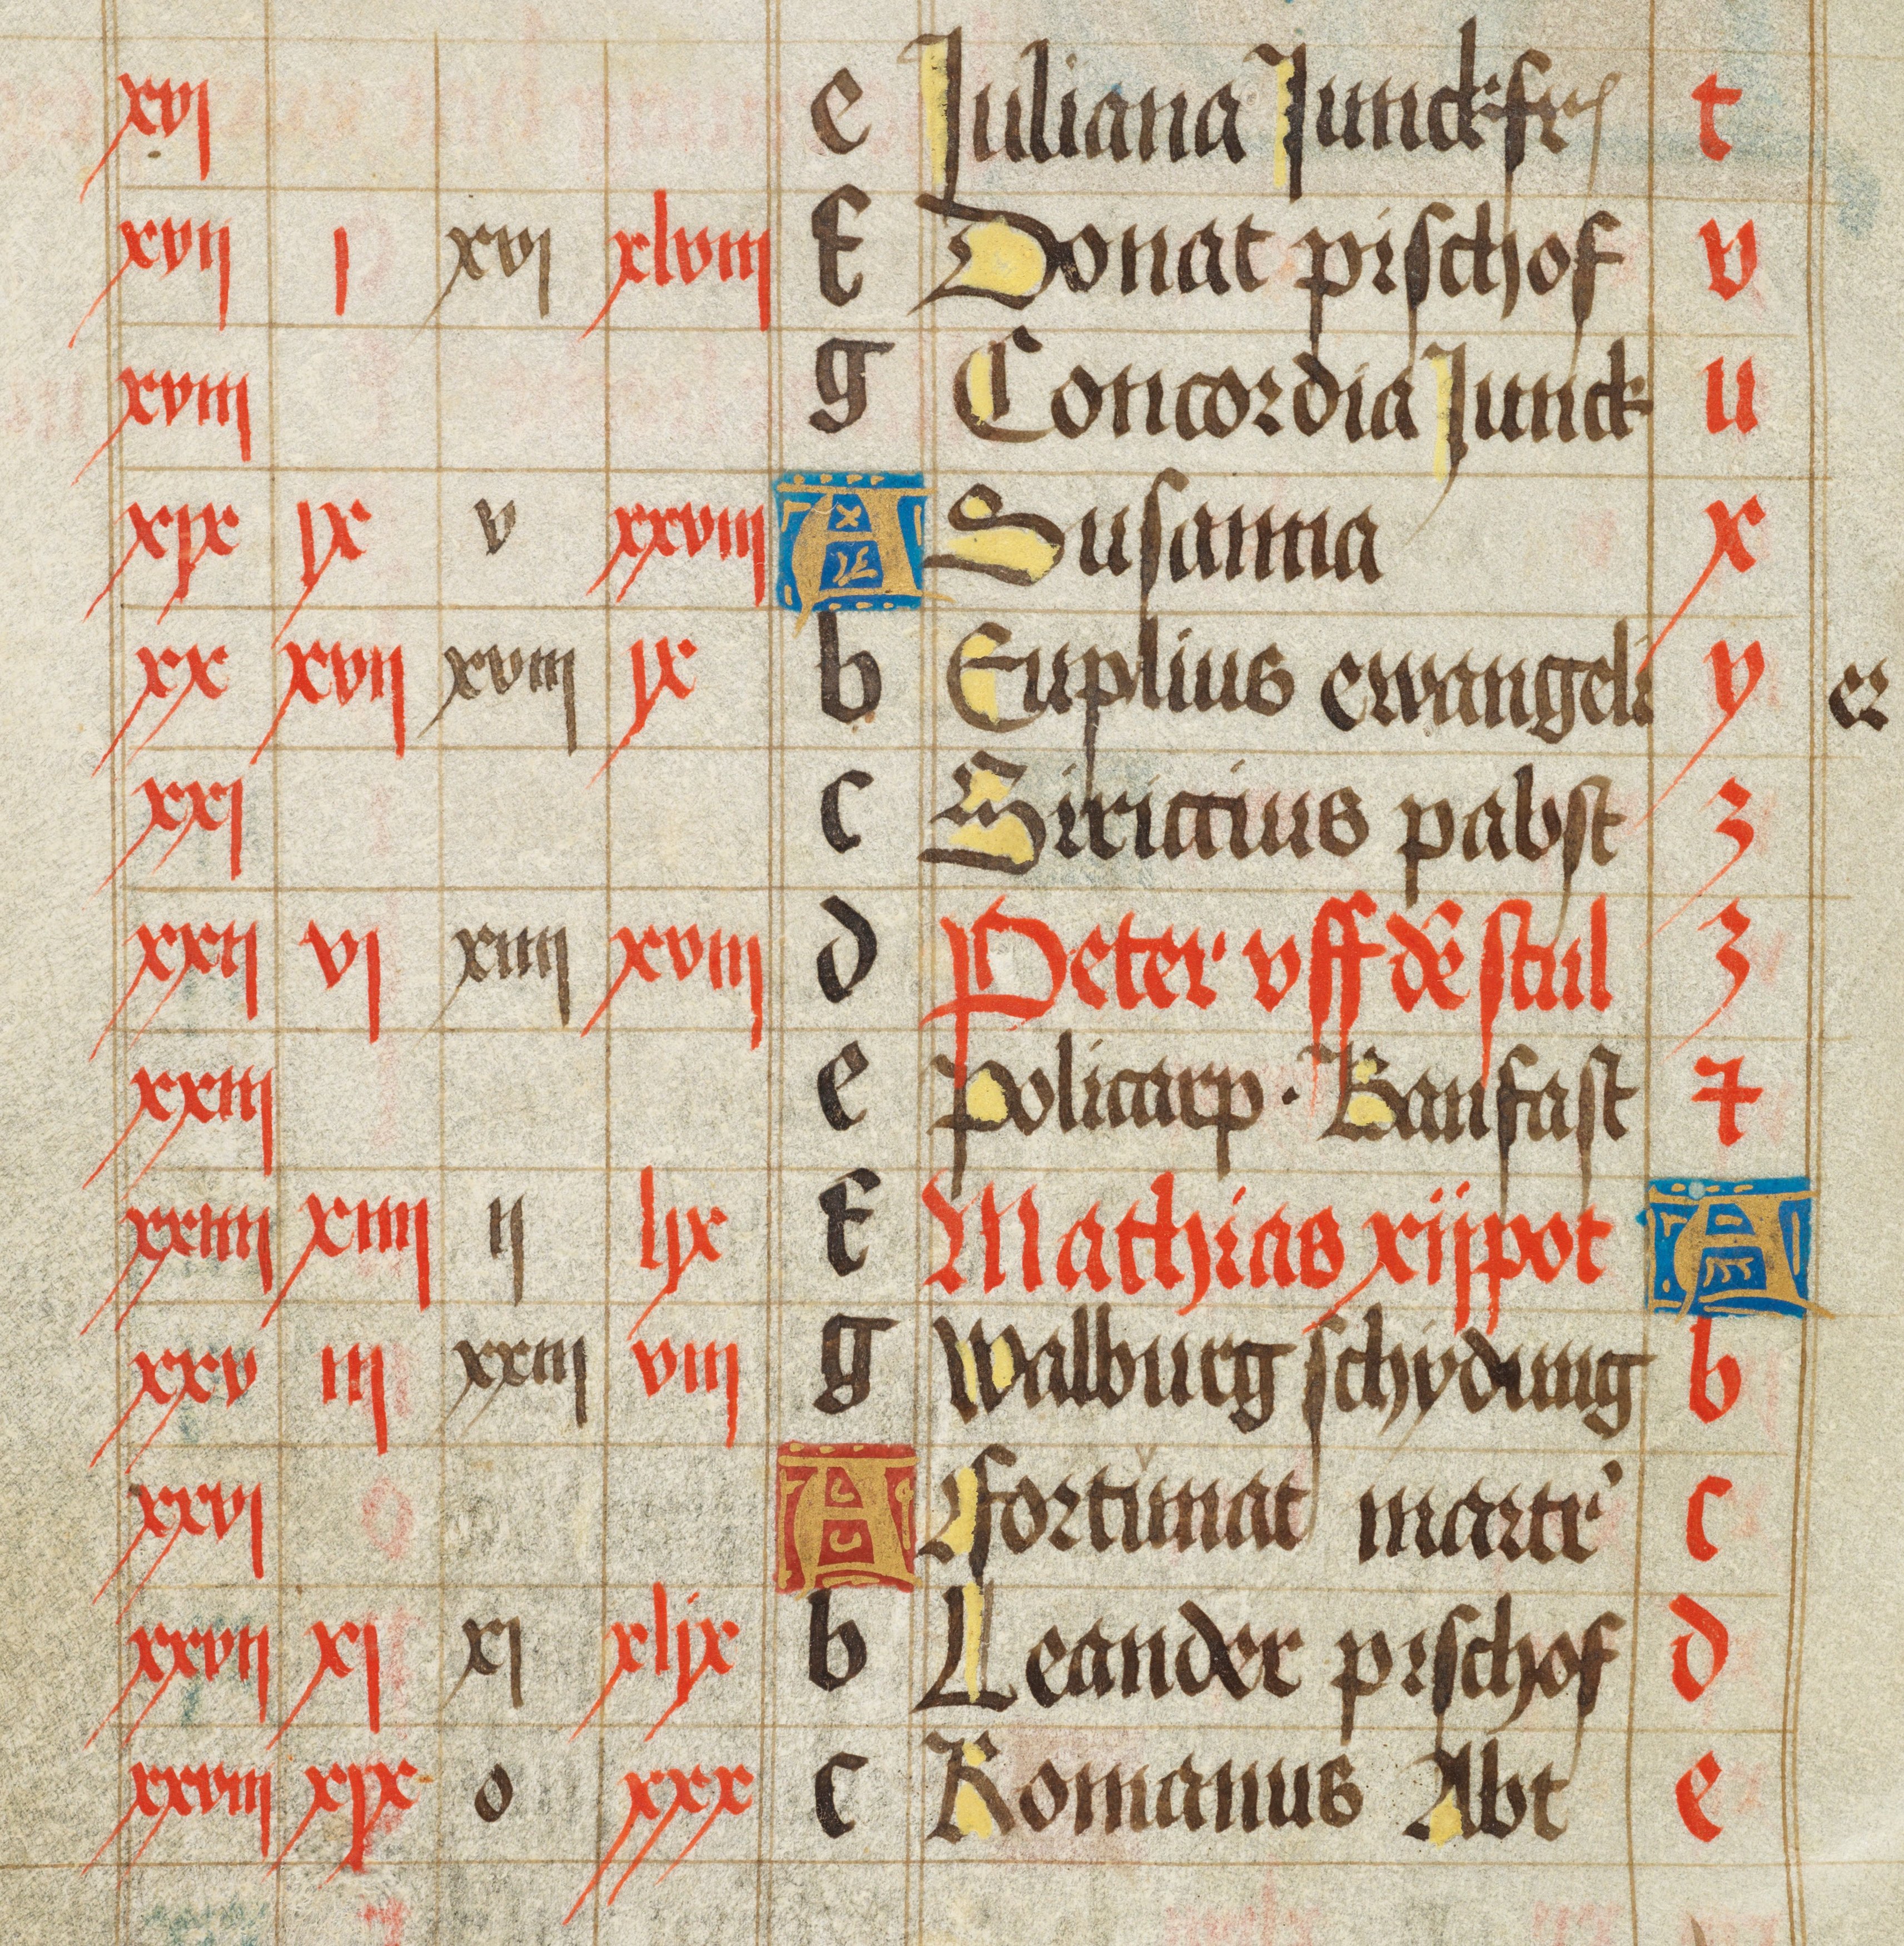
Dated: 1475–1499